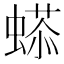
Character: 𧏥